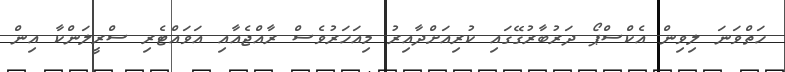
ހަތްވަނަ ލިވިން އެކްސްޕޯ ދަރުބާރުގޭގައި ކުރިއަށްދާއިރު މިއަހަރުވެސް ރާއްޖެއާއި އަވައްޓެރި ސްރީލަންކާ އިން